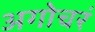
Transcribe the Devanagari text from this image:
अगोचरं